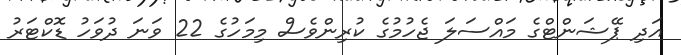
އަދި ޕޭޝަންޓްގެ މައްސަލަ ޖެހުމުގެ ކުރިންވެސް މިމަހުގެ 22 ވަނަ ދުވަހު ޑޮކްޓަރު